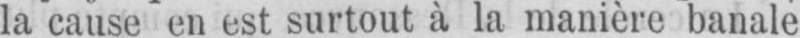
la cause en est surtout à la manière banale